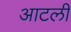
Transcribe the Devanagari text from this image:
आटली